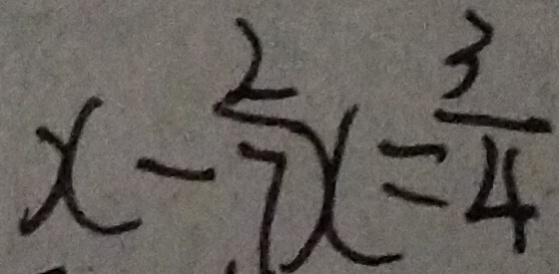
x - \frac { 2 } { 7 } x = \frac { 3 } { 4 }